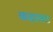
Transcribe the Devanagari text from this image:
कहावट